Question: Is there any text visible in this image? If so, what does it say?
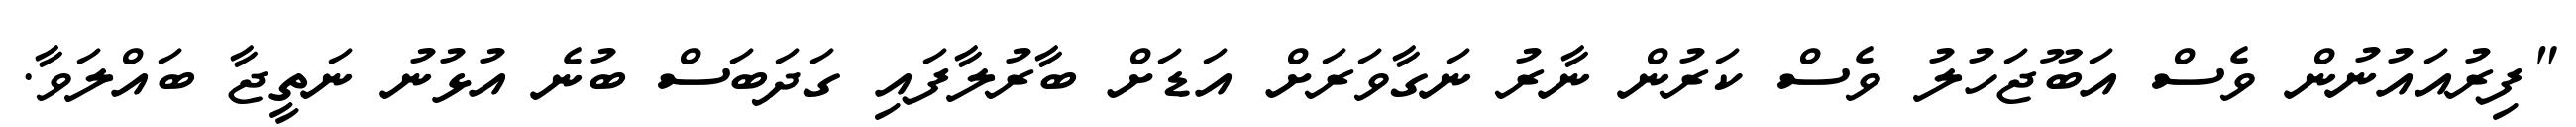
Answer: "ފިރުއައުނުން ވެސް އަބޫޖަހުލު ވެސް ކަރުން ނާރު ނަގާވަރަށް އަޑަށް ބާރުލާފައި ގަދަބަސް ބުނެ އުޅުނު ނަތީޖާ ބައްލަވާ.